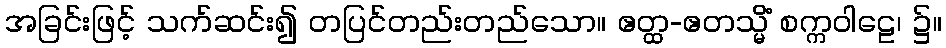
အခြင်းဖြင့် သက်ဆင်း၍ တပြင်တည်းတည်သော။ ဧတ္ထ-ဧတသ္မိံ စက္ကဝါဠေ၊ ၌။